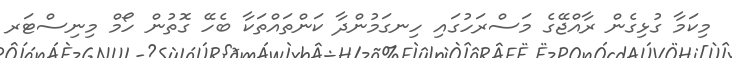
މިކަމާ ގުޅިގެން ރާއްޖޭގެ މަސްރަހުގައި ހިނގަމުންދާ ކަންތައްތަކާ ބެހޭ ގޮތުން ހޯމް މިނިސްޓަރ